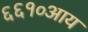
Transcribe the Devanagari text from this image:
६६१०आय